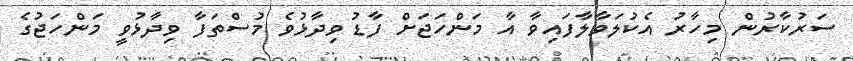
ސަރުކާރުން މިހާރު އެކުލަވާލާފައިވާ އާ މަންހަޖަށް ފާޑު ވިދާޅުވެ މުސްތަފާ ވިދާޅުވީ މަންހަޖުގެ